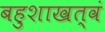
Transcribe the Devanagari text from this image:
बहुशाखत्वं